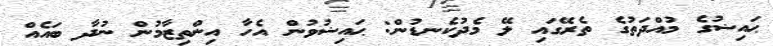
ޙައިޟުގެ މުއްދަތުގެ ތެރޭގައި ލޭ މެދުކެނޑުން: ޙައިޟުވުން އެހާ އިންތިޒާމުން ނުދާ ބައެއް